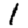
Digit: 1